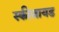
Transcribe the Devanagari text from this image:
स्कीजायड